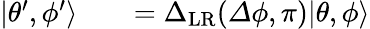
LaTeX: \begin{array}{rlr}{|\theta^{\prime},\phi^{\prime}\rangle}&{{}}&{={\Delta}_{\mathrm{LR}}({\mathit\Delta\phi},\pi)|\theta,\phi\rangle}\end{array}